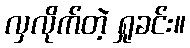
လှလိုက်တဲ့ ရှုခင်း။